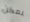
يمكن